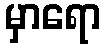
မှာရော